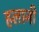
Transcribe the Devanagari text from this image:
हलानी